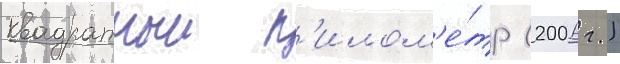
квадратныи к'илом'е́тр (2006 г.)